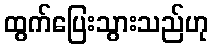
ထွက်ပြေးသွားသည်ဟု